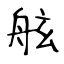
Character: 舷